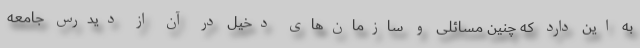
به این دارد که چنین مسائلی و سازمان‌های دخیل در آن از دیدرس جامعه